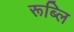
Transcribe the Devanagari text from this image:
रूब्लि